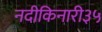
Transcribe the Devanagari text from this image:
नदीकिनारी३५